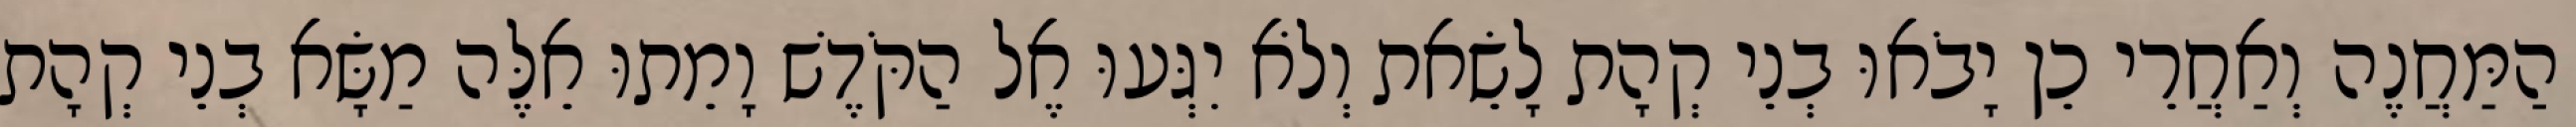
הַמַּחֲנֶה וְאַחֲרֵי כֵן יָבֹאוּ בְנֵי קְהָת לָשֵׂאת וְלֹא יִגְּעוּ אֶל הַקֹּדֶשׁ וָמֵתוּ אֵלֶּה מַשָּׂא בְנֵי קְהָת